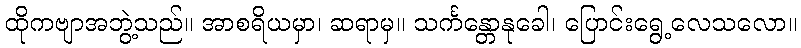
ထိုကဗျာအဘွဲ့သည်။ အာစရိယမှာ၊ ဆရာမှ။ သင်္ကန္တောနုခေါ၊ ပြောင်းရွေ့လေသလော။